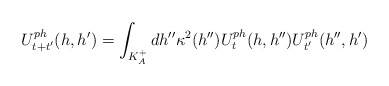
\begin{align*}U_{t+t'}^{ph}(h,h')=\int_{K^+_A}dh''\kappa^2(h'')U_t^{ph}(h,h'')U_{t'}^{ph}(h'',h')\end{align*}